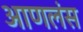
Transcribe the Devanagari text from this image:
आणलंस